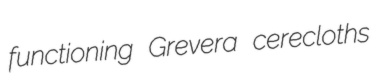
functioning Grevera cerecloths